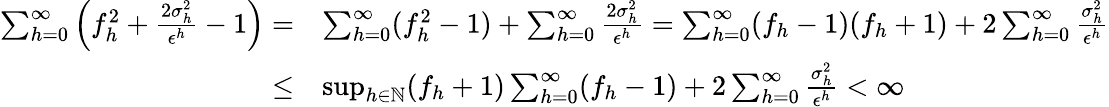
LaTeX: \begin{array}{rl}{\sum_{h=0}^{\infty}\left(f_{h}^{2}+\frac{2\sigma_{h}^{2}}{\epsilon^{h}}-1\right)=}&{\sum_{h=0}^{\infty}(f_{h}^{2}-1)+\sum_{h=0}^{\infty}\frac{2\sigma_{h}^{2}}{\epsilon^{h}}=\sum_{h=0}^{\infty}(f_{h}-1)(f_{h}+1)+2\sum_{h=0}^{\infty}\frac{\sigma_{h}^{2}}{\epsilon^{h}}}\\ {\leq}&{\operatorname*{sup}_{h\in\mathbb{N}}(f_{h}+1)\sum_{h=0}^{\infty}(f_{h}-1)+2\sum_{h=0}^{\infty}\frac{\sigma_{h}^{2}}{\epsilon^{h}}<\infty}\end{array}